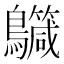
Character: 𪇳